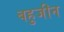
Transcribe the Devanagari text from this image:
बहुजीन